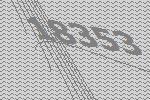
18353